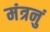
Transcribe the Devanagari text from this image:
मंत्रनुं